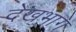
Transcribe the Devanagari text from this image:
देखभाग